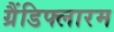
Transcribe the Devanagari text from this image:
ग्रैंडिफ्लारम